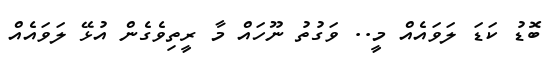
ބޮޑު ކަޑަ ލަވައެއް މީ.. ވަގުތު ނޫހައް މާ ރީތިވެގެން އުޅޭ ލަވައެއް